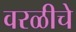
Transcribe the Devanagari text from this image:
वरळीचे